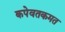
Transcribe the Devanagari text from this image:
कपेवतकमत